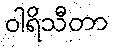
ဝါရိသီတာ